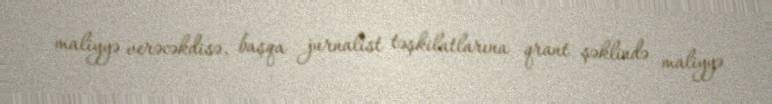
maliyyə verəcəkdisə, başqa jurnalist təşkilatlarına qrant şəklində maliyyə